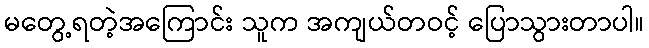
မတွေ့ရတဲ့အကြောင်း သူက အကျယ်တဝင့် ပြောသွားတာပါ။